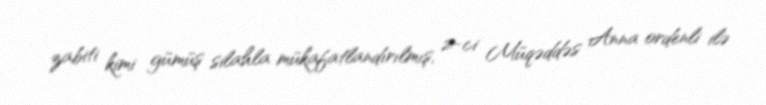
zabiti kimi gümüş silahla mükafatlandırılmış, 2-ci Müqəddəs Anna ordenli ilə